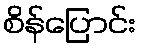
စိန်ပြောင်း